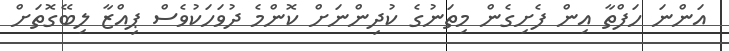
އަންނަ ހަފްތާ އިން ފެށިގެން މިތަނުގެ ކުދިންނަށް ކޮންމެ ދުވަހަކުވެސް ޕިއްޒާ ލިބޭގޮތަށް